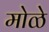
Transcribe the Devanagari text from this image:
मोळे